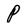
Character: P